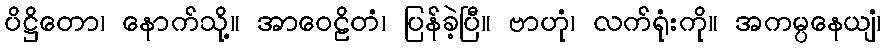
ပိဋ္ဌိတော၊ နောက်သို့။ အာဝေဠိတံ၊ ပြန်ခဲ့ပြီ။ ဗာဟုံ၊ လက်ရုံးကို။ အကမ္ပနေယျံ၊